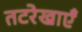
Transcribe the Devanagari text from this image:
तटरेखाएँ